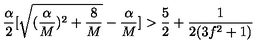
\frac { \alpha } { 2 } [ \sqrt { ( \frac { \alpha } { M } ) ^ { 2 } + \frac { 8 } { M } } - \frac { \alpha } { M } ] > \frac { 5 } { 2 } + \frac { 1 } { 2 ( 3 f ^ { 2 } + 1 ) }